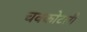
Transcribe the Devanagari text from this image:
चक्कोटली